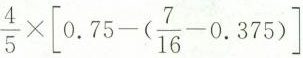
$$\frac{4}{5}\times \left[ 0.75-(\frac{7}{16}-0.375)\right]$$